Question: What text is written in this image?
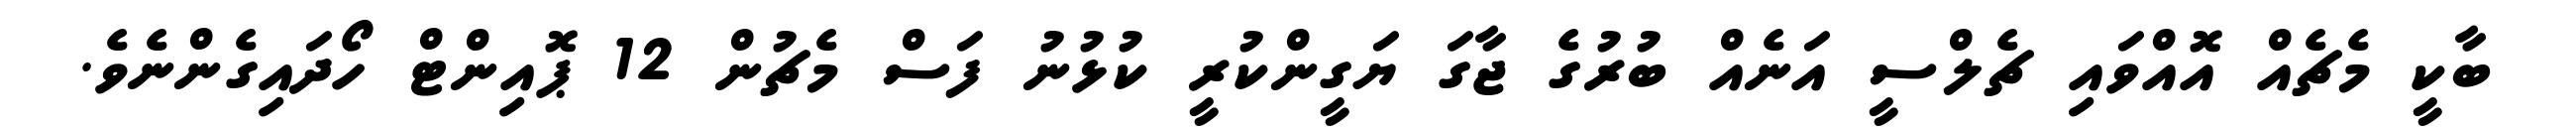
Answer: ބާކީ މެޗެއް އޮއްވައި ޗެލްސީ އަނެއް ބުރުގެ ޖާގަ ޔަގީންކުރީ ކުޅުނު ފަސް މެޗުން 12 ޕޮއިންޓް ހޯދައިގެންނެވެ.